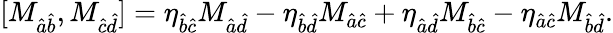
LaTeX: [M_{\hat{a}\hat{b}},M_{\hat{c}\hat{d}}]=\eta_{\hat{b}\hat{c}}M_{\hat{a}\hat{d}}-\eta_{\hat{b}\hat{d}}M_{\hat{a}\hat{c}}+\eta_{\hat{a}\hat{d}}M_{\hat{b}\hat{c}}-\eta_{\hat{a}\hat{c}}M_{\hat{b}\hat{d}}.